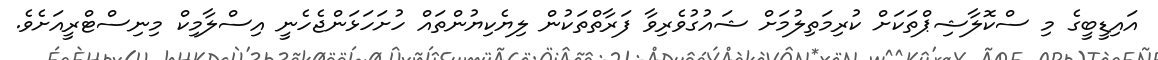
އައިޑީބީގެ މި ސްކޮލާޝިޕްތަކަށް ކުރިމަތިލުމަށް ޝައުގުވެރިވާ ފަރާތްތަކުން ލިޔެކިޔުންތައް ހުށަހަޅަންޖެހެނީ އިސްލާމިކް މިނިސްޓްރީއަށެވެ.